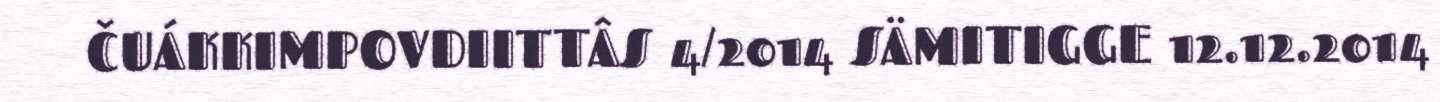
ČUÁKKIMPOVDIITTÂS 4/2014 SÄMITIGGE 12.12.2014